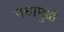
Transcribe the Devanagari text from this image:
मधामुळे